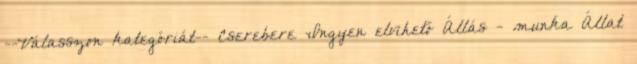
--Válasszon kategóriát-- Cserebere Ingyen elvihető Állás - munka Állat